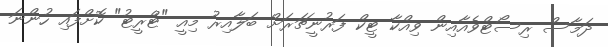
ދަމާސް ރިސޯޓްވެއާއިން ވިއްކާ ޓީކް ފަރުނީޗަރަށް ބަލާއިރު މިއީ "ޓްރީޓު" ކޮށްފައި ހުންނަ